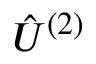
{ \hat { U } } ^ { ( 2 ) }